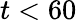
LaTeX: t<60